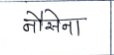
मजकूर: नौसेना